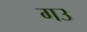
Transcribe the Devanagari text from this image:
गउ